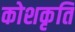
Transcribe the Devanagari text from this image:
कोशकृति